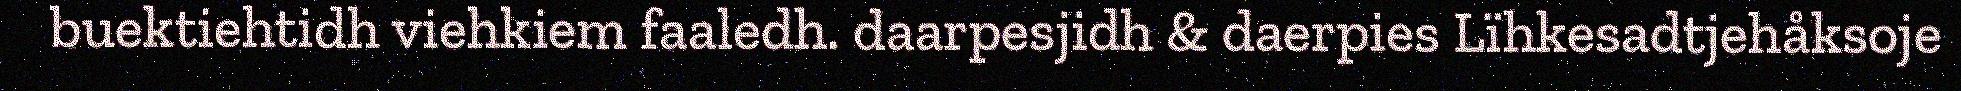
buektiehtidh viehkiem faaledh. daarpesjidh & daerpies Lïhkesadtjehåksoje